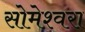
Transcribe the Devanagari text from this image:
सोमेश्वरा